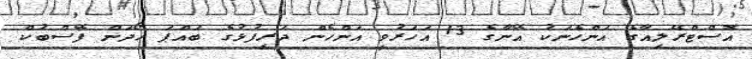
އޮސްޓްރޭލިއާގެ އަންހެނަކު އޭނާގެ 13 އަހަރުވީ އަންހެން ދަރިފުޅުގެ ބައްޕަ ހޯދަން ފޭސްބުކް